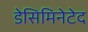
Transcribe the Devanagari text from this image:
डेसिमिनेटेद